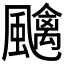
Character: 𱃎